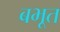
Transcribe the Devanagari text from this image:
बभूत